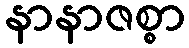
နာနာဇစ္စာ